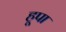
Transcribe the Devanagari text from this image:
हूपा